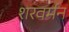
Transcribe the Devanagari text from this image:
शरवर्मन